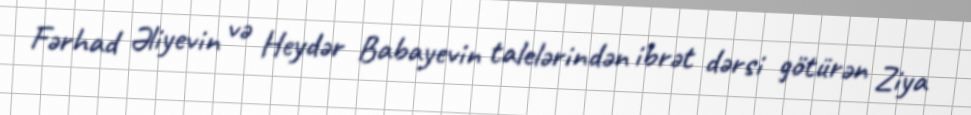
Fərhad Əliyevin və Heydər Babayevin talelərindən ibrət dərsi götürən Ziya